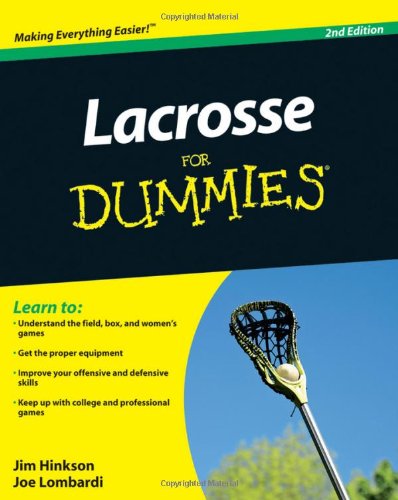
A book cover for Lacrosse For Dummies; James Hinkson; Sports & Outdoors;